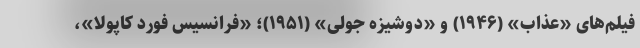
فیلم‌های «عذاب» (۱۹۴۶) و «دوشیزه جولی» (۱۹۵۱)؛ «فرانسیس فورد کاپولا»،